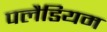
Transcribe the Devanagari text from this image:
पलैडियम